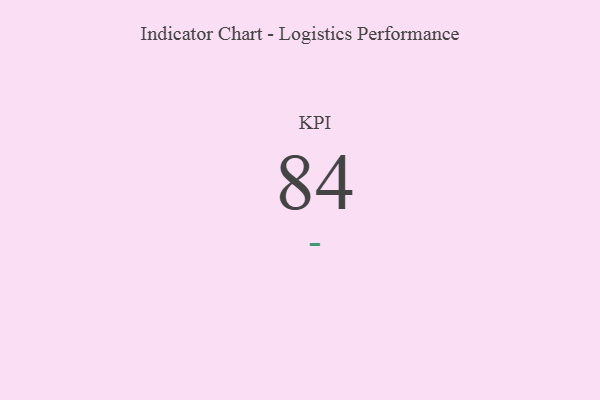
{"axis": {"x": "KPI", "y": "Value"}, "legend": [""], "data": [{"x": "KPI", "y": 84, "type": ""}]}